Report of the Indian Hemp Drugs Commission, 1894-1895 - Volume VIII
Year: 1894
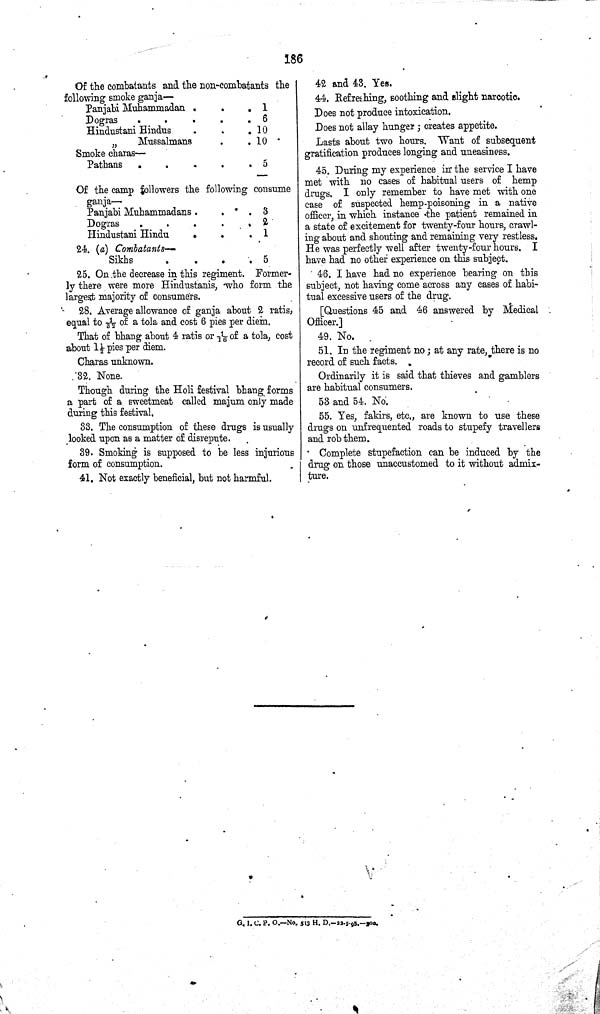
186
Of the combatants and the non-combatants the
following smoke ganja—
Panjabi Muhammadan
1
Dogras
6
Hindustani Hindus
10
"
Mussalmans
10
Smoke charas—
Pathans
5
Of the camp followers the following consume
ganja—
Panjabi Muhammadans
3
Dogras
2
Hindustani Hindu
1
24. (a) Combatants—
Sikhs
5
25. On the decrease in this regiment. Former¬
ly there were more Hindustanis, who form the
largest majority of consumers.
28. Average allowance of ganja about 2 ratis,
equal to 1/32 of a tola and cost 6 pies per diem.
That of bhang about 4 ratis or 1\16 of a tola, cost
about 11/2 pies per diem.
Charas unknown.
32. None.
Though during the Holi festival bhang forms
a part of a sweetmeat called majum only made
during this festival.
33. The consumption of these drugs is usually
looked upon as a matter of disrepute.
39. Smoking is supposed to be less injurious
form of consumption.
41. Not exactly beneficial, but not harmful.
42 and 43. Yes.
44. Refreshing, soothing and slight narcotic.
Does not produce intoxication.
Does not allay hunger; creates appetite.
Lasts about two hours. Want of subsequent
gratification produces longing and uneasiness.
45. During my experience in the service I have
met with no cases of habitual users of hemp
drugs. I only remember to have met with one
case of suspected hemp-poisoning in a native
officer, in which instance the patient remained in
a state of excitement for twenty-four hours, crawl¬
ing about and shouting and remaining very restless.
He was perfectly well after twenty-four hours. I
have had no other experience on this subject.
46. I have had no experience bearing on this
subject, not having come across any cases of habi¬
tual excessive users of the drug.
[Questions 45 and 46 answered by Medical
Officer.]
49. No.
51. In the regiment no; at any rate, there is no
record of such facts.
Ordinarily it is said that thieves and gamblers
are habitual consumers.
53 and 54. No.
55. Yes, fakirs, etc., are known to use these
drugs on unfrequented roads to stupefy travellers
and rob them.
Complete stupefaction can be induced by the
drug on those unaccustomed to it without admix¬
ture.
G. I. C. P. O.—No. 513 H. D.—22-5-95.—200.